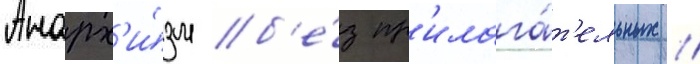
Анарх'и́зм б'е́з пр'илага́т'ельных //